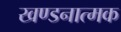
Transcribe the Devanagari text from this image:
खण्डनात्मक